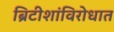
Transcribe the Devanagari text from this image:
ब्रिटीशांविरोधात